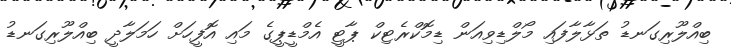
ބިއްލޫރިގަނޑު ތަޅާލާފައި މޯލްޑިވިއަން ޑިމޮކްރެޓިކް ޕާޓީ އެމްޑީޕީގެ މައި އޮފީހަށް ހަމަލާދީ ބިއްލޫރިގަނޑު